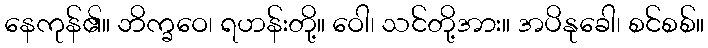
နေကုန်၏။ ဘိက္ခဝေ၊ ရဟန်းတို့။ ဝေါ၊ သင်တို့အား။ အပိနုခေါ၊ စင်စစ်။